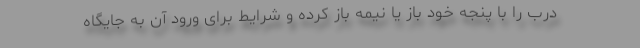
درب را با پنجه خود باز یا نیمه باز کرده و شرایط برای ورود آن به جایگاه